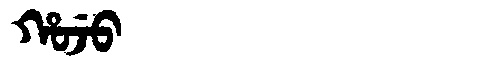
Manchu: ᡥᠣᠵᡠ
Romanization: HOJU